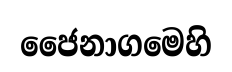
ජෛනාගමෙහි